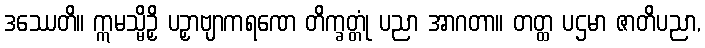
ဒဿေတိ။ ဣမသ္မိဉှိ ပဉှာဗျာကရဏေ တိက္ခတ္တုံ ပညာ အာဂတာ။ တတ္ထ ပဌမာ ဇာတိပညာ,